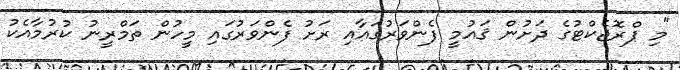
"މި ޕްރޮޖެކްޓުގެ ދަށުން ޤައުމީ ފެންވަރުގައާއި ރަށު ފެންވަރުގައި މީހުން ތަމްރީނު ކުރުމާއެކު